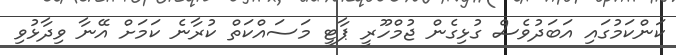
ކަންކަމުގައި އަބަދުވެސް ގުޅިގެން ޖުމްހޫރީ ޕާޓީ މަސައްކަތް ކުރާނެ ކަމަށް އޭނާ ވިދާޅުވި